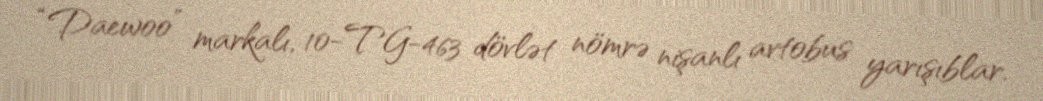
“Daewoo” markalı, 10-TG-463 dövlət nömrə nişanlı avtobus yarışıblar.